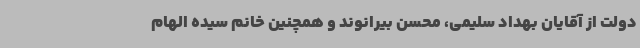
دولت از آقایان بهداد سلیمی، محسن بیرانوند و همچنین خانم سیده الهام